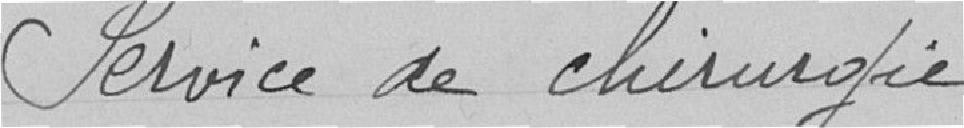
Service de chirurgie